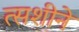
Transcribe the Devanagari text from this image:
त्सशीने